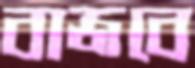
বাজবে